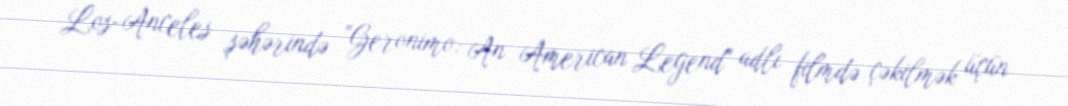
Los-Anceles şəhərində "Geronimo: An American Legend" adlı filmdə çəkilmək üçün